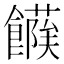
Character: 𩞶